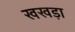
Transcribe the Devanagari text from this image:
खखड़ा